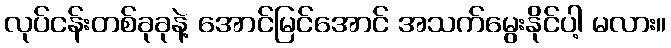
လုပ်ငန်းတစ်ခုခုနဲ့ အောင်မြင်အောင် အသက်မွေးနိုင်ပါ့ မလား။